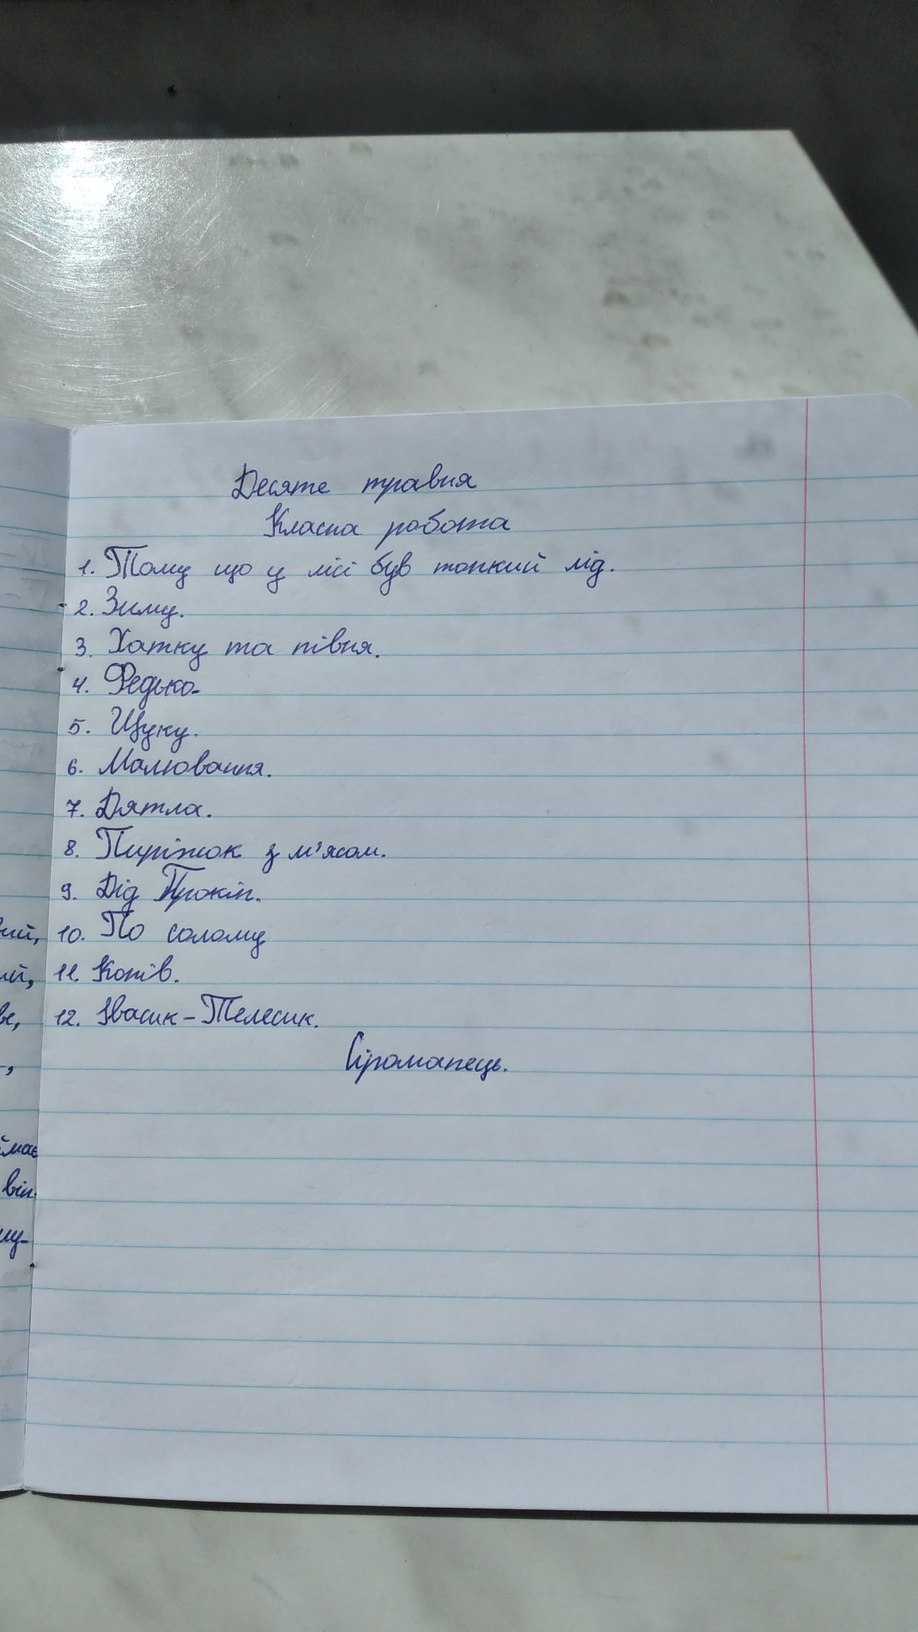
Десяте травня
Класна робота
1. Тому що у лісі був тонкий лід
2. Зиму.
3. Хатку та півня.
4. Федько.
5. Щуку.
6. Малювання
7. Дятла.
8. Пиріжок з м'ясом.
9. Дід Прокіп.
10. По солому
11. Копів.
12. Івасик-Телесик.
Сіроманець.